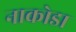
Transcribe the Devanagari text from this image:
नाकोडा